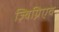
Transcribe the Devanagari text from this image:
ज़्बिग्निएव